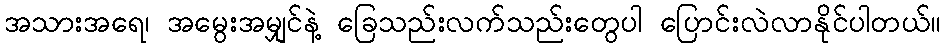
အသားအရေ၊ အမွေးအမျှင်နဲ့ ခြေသည်းလက်သည်းတွေပါ ပြောင်းလဲလာနိုင်ပါတယ်။